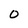
Character: 0